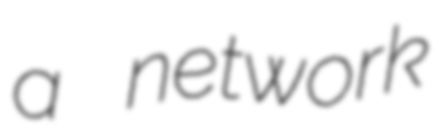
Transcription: a network